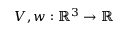
V , w : \mathbb { R } ^ { 3 } \to \mathbb { R }